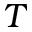
T